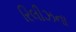
રિલીઝના